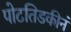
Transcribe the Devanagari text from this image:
पोटतिडकीनं